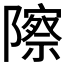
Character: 𬯠